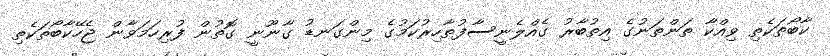
ކާބޯތަކެތި ވިއްކާ ތަންތަނުގެ އިތުބާރު ގެއްލެނީސާފުތާހިރުކަމުގެ މިންގަނޑު ގާނޫނީ ގޮތުން ފުރިހަމަވާން ޖެހޭކާބޯތަކެތި